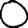
Digit: 0